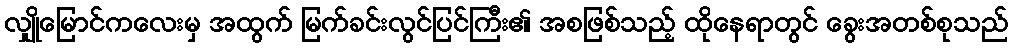
လျှိုမြောင်ကလေးမှ အထွက် မြက်ခင်းလွင်ပြင်ကြီး၏ အစဖြစ်သည့် ထိုနေရာတွင် ခွေးအတစ်စုသည်